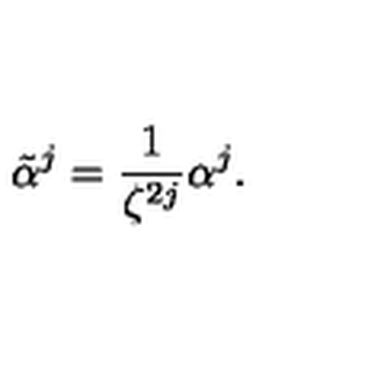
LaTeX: \tilde { \alpha } ^ { j } = \frac { 1 } { \zeta ^ { 2 j } } \alpha ^ { j } .